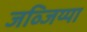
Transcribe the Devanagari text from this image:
जव्जिय्या